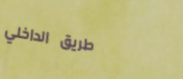
طريق الداخلي